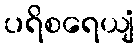
ပရိစရေယျံ